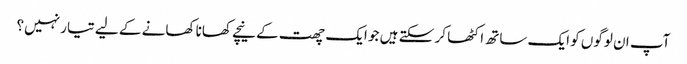
آپ ان لوگوں کو ایک ساتھ اکٹھا کر سکتے ہیں جو ایک چھت کے نیچے کھانا کھانے کے لیے تیار نہیں؟